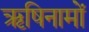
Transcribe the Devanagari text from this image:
ऋषिनामों